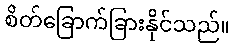
စိတ်ခြောက်ခြားနိုင်သည်။